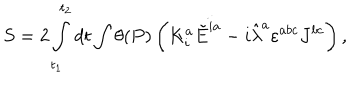
S = 2 \int _ { t _ { 1 } } ^ { t _ { 2 } } d t \int \theta ( P ) \left( K _ { i } ^ { a } \dot { \tilde { E } ^ { i a } } - i \hat { \lambda } ^ { a } \varepsilon ^ { a b c } J ^ { b c } \right) ,